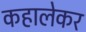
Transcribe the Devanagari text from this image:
कहालेकर